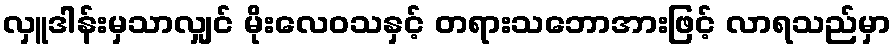
လှူဒါန်းမှသာလျှင် မိုးလေဝသနှင့် တရားသဘောအားဖြင့် လာရသည်မှာ